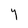
Character: Y